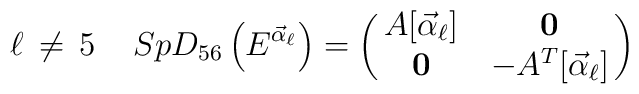
\ell \, \neq \, 5 \quad \,SpD_{56}\left(E^{{\vec \alpha}_\ell} \right)=\left(\matrix { A[{{\vec \alpha}_\ell}]& {\bf 0} \cr {\bf 0} & - A^T[{{\vec \alpha}_\ell}] \cr} \right)